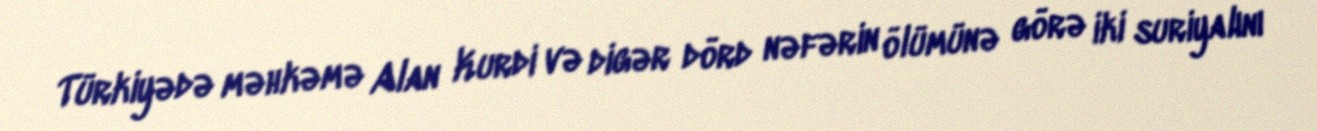
Türkiyədə məhkəmə Alan Kurdi və digər dörd nəfərin ölümünə görə iki suriyalını